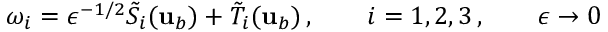
\omega _ { i } = \epsilon ^ { - 1 / 2 } \tilde { S } _ { i } ( { \mathbf { u } } _ { b } ) + \tilde { T } _ { i } ( { \mathbf { u } } _ { b } ) \, , \qquad i = 1 , 2 , 3 \, , \qquad \epsilon \to 0 \,